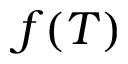
f ( T )